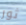
ثور